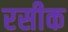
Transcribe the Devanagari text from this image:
रसीक